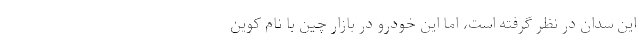
این سدان در نظر گرفته است، اما این خودرو در بازار چین با نام کوین